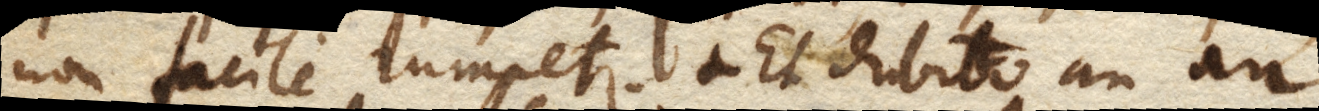
non facile rumpetur. Et dubito an ad